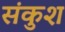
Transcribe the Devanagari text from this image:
संकुश